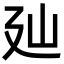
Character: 𢌚